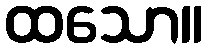
ထသော။